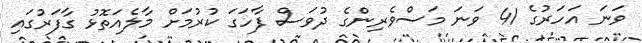
ވަނަ އަހަރުގެ 41 ވަނަ މަސްވެރިންގެ ދުވަސް ފާހަގަ ކުރުމަށް މާލެއަތޮޅު ގާފަރުގައި